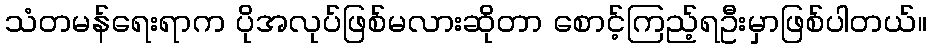
သံတမန်ရေးရာက ပိုအလုပ်ဖြစ်မလားဆိုတာ စောင့်ကြည့်ရဦးမှာဖြစ်ပါတယ်။